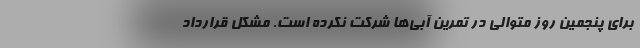
برای پنجمین روز متوالی در تمرین آبی‌ها شرکت نکرده است. مشکل قرارداد